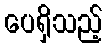
ပေရှိသည့်